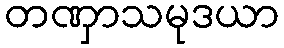
တဏှာသမုဒယာ